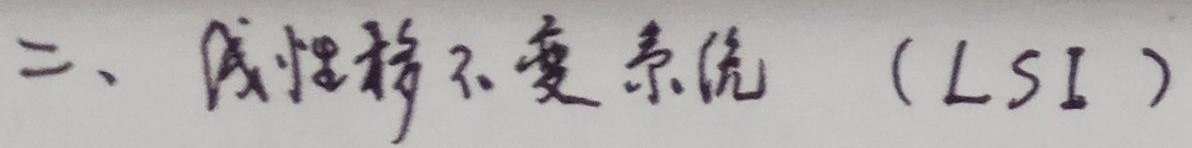
二、线性移不变系统（LSI）